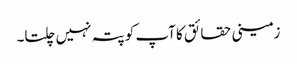
زمینی حقائق کا آپ کو پتہ نہیں چلتا۔